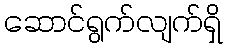
ဆောင်ရွက်လျက်ရှိ